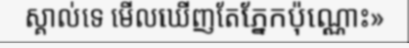
ស្គាល់ទេ មើលឃើញតែភ្នែកប៉ុណ្ណោះ»